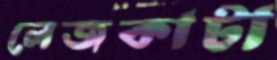
লেজকাটা